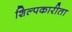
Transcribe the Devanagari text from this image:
शिल्पकारीता